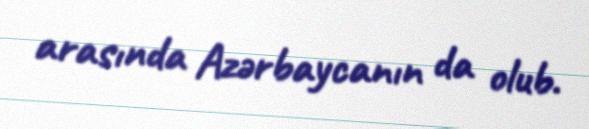
arasında Azərbaycanın da olub.